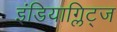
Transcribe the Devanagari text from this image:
इंडियाग्लिट्ज